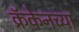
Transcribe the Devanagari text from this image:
क्रॅकेनच्या